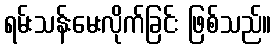
ရမ်းသန်းမေးလိုက်ခြင်း ဖြစ်သည်။